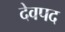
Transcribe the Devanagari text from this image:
देवपद